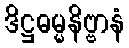
ဒိဋ္ဌဓမ္မနိဗ္ဗာနံ